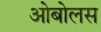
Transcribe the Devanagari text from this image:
ओबोलस